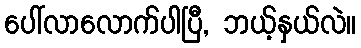
ပေါ်လာလောက်ပါပြီ, ဘယ့်နှယ်လဲ။